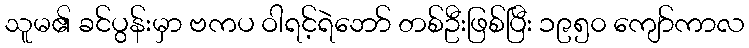
သူမ၏ ခင်ပွန်းမှာ ဗကပ ဝါရင့်ရဲဘော် တစ်ဦးဖြစ်ပြီး ၁၉၅၀ ကျော်ကာလ